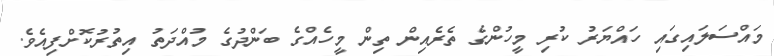
މައްސަލައިގައި ހައްޔަރު ކުރި މީހުންގެ ތެރެއިން ތިން މީހެއްގެ ބަންދުގެ މުއްދަތު އިތުރުކޮށްފިއެވެ.